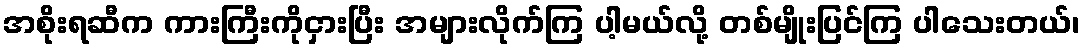
အစိုးရဆီက ကားကြီးကိုငှားပြီး အများလိုက်ကြ ပါ့မယ်လို့ တစ်မျိုးပြင်ကြ ပါသေးတယ်၊